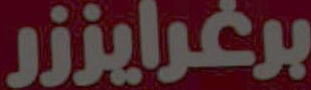
برغرايززر